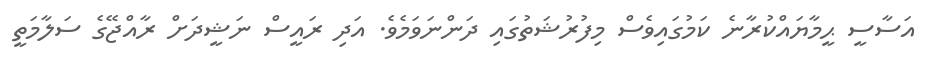
އަސާސީ ޙީމާޔައްކުރާނެ ކަމުގައިވެސް މިފުރުޝަތުގައި ދަންނަވަމެވެ. އަދި ރައީސް ނަޝީދަށް ރާއްޖޭގެ ސަލާމަތީ